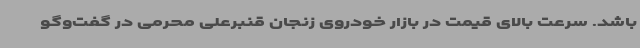
باشد. سرعت بالای قیمت در بازار خودروی زنجان قنبرعلی محرمی در گفت‌وگو